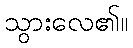
သွားလေ၏။